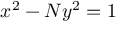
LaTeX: x ^ { 2 } - N y ^ { 2 } = 1